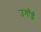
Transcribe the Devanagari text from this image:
उगाँईं